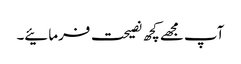
آپ مجھے کچھ نصیحت فرمائیے۔